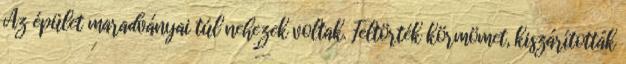
Az épület maradványai túl nehezek voltak. Feltörték körmömet, kiszárították